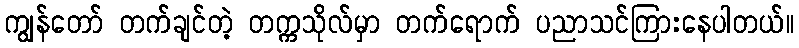
ကျွန်တော် တက်ချင်တဲ့ တက္ကသိုလ်မှာ တက်ရောက် ပညာသင်ကြားနေပါတယ်။